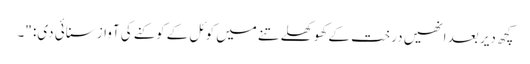
کچھ دیر بعد انھیں درخت کے کھوکھلے تنے میں کوئل کے کوکنے کی آواز سنائی دی: "۔